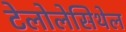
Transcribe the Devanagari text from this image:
टेलोलेसिथेल